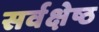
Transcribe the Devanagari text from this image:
सर्वक्षेष्ठ